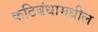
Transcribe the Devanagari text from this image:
कटिबंधामधील